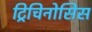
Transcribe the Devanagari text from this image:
ट्रिचिनोसिस